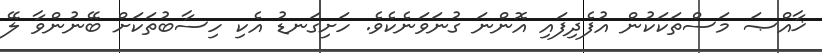
ޚާއްޞަ މަސްތަކަކުން އުފެދިފައި އޮންނަ ގުނަވަނެކެވެ. ހަށިގަނޑު އެކި ހިސާބުތަކަށް ބޭނުންވާ ލޭ